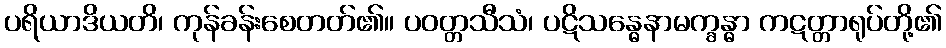
ပရိယာဒိယတိ၊ ကုန်ခန်းစေတတ်၏။ ပဝတ္တသီသံ၊ ပဋိသန္ဓေနာမက္ခန္ဓာ ကဋတ္တာရုပ်တို့၏